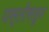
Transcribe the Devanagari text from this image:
पस्‍तीसहून